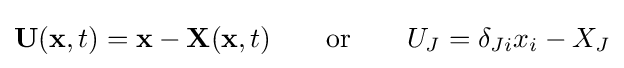
\mathbf {U} (\mathbf {x} ,t)=\mathbf {x} -\mathbf {X} (\mathbf {x} ,t)\qquad {\text{or}}\qquad U_{J}=\delta _{Ji}x_{i}-X_{J}